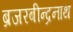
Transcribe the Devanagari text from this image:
ब्रजरबीन्द्रनाथ